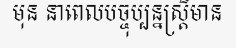
មុន នាពេលបច្ចុប្បន្នស្ត្រីមាន